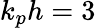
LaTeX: k_{p}h=3